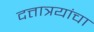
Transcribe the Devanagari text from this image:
दत्तात्रयांचा